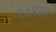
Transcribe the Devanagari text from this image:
१८९३व